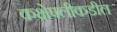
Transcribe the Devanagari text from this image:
कक्षेपलीकडील